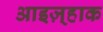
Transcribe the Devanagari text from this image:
आइज़्हाक